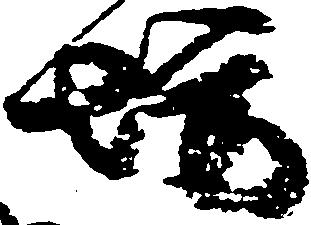
坊